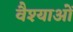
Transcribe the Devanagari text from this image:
वैश्याओं